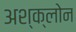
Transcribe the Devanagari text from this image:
अश्क्लोन